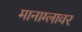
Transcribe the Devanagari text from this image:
मानाग्लावर